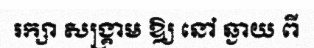
រក្សា សង្គ្រាម ឱ្យ នៅ ឆ្ងាយ ពី